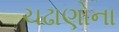
ચઢાણોના